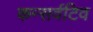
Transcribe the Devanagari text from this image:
कन्सर्वटिव